Problem: 14 + 49 = ?
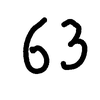
Handwritten answer: 63